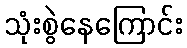
သုံးစွဲနေကြောင်း